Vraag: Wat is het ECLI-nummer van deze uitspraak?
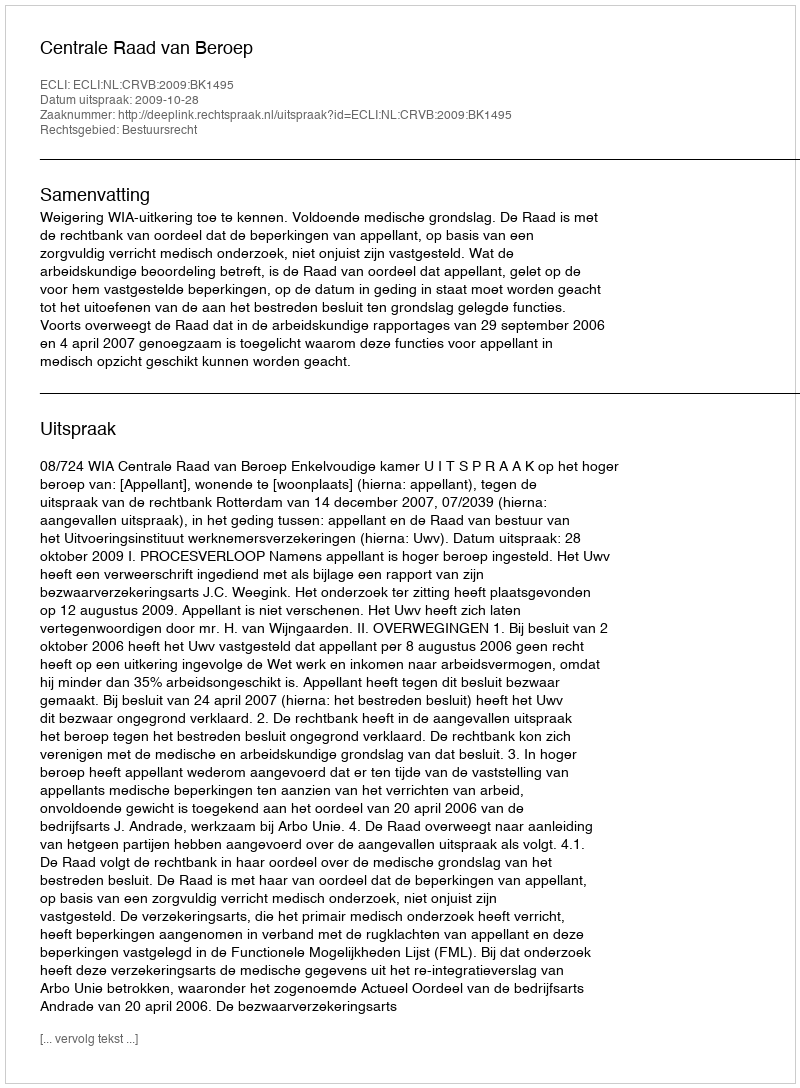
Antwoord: ECLI:NL:CRVB:2009:BK1495